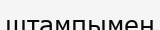
штампымен